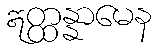
ဣတ္ထန္နာမေန